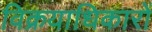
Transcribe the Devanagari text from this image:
विक्रयाधिकारों